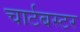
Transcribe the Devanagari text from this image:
चार्टबस्टर